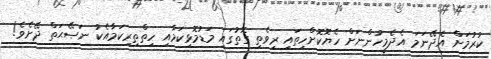
ކުރުމަށް އެދޭނަމަ އެދެމީހުންނަށް ހެޔޮކޮށްހިތައި ރިވެތި ގޮތުގައި މަޑުމޮޅިކަމާއި ހިތްތިރިކަމާއެކު ނަޞޭޙަތް ދޭށެވެ!